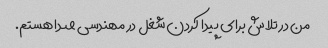
من در تلاش برای پیدا کردن شغل در مهندسی صدا هستم.